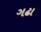
ગઢા